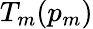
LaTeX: T_{m}(p_{m})